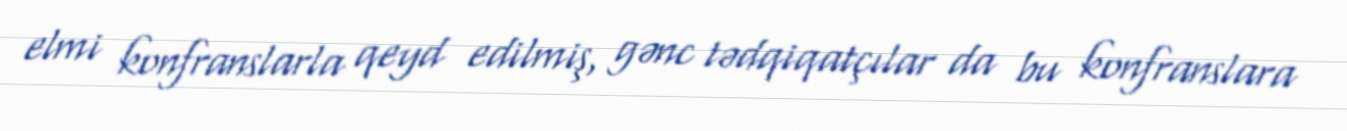
elmi konfranslarla qeyd edilmiş, gənc tədqiqatçılar da bu konfranslara